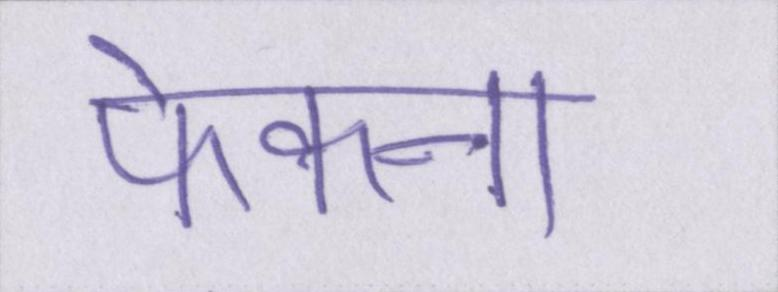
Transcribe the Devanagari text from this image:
फेकना